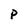
Character: p